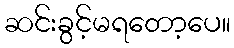
ဆင်းခွင့်မရတော့ပေ။